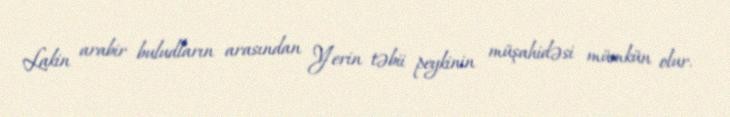
Lakin arabir buludların arasından Yerin təbii peykinin müşahidəsi mümkün olur.